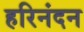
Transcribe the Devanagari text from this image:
हरिनंदन